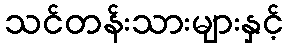
သင်တန်းသားများနှင့်